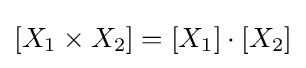
[X_{1}\times X_{2}]=[X_{1}]\cdot [X_{2}]